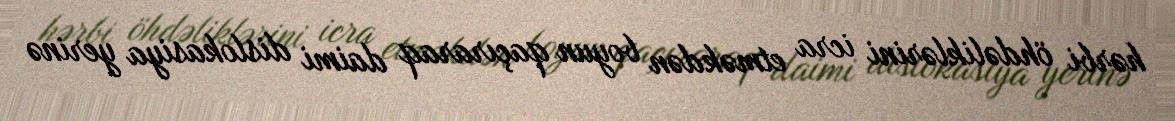
hərbi öhdəliklərini icra etməkdən boyun qaçıraraq daimi dislokasiya yerinə